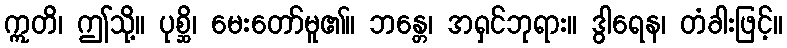
ဣတိ၊ ဤသို့။ ပုစ္ဆိ၊ မေးတော်မူ၏။ ဘန္တေ၊ အရှင်ဘုရား။ ဒွါရေန၊ တံခါးဖြင့်။